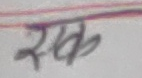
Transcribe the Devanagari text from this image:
खलक